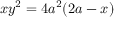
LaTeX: x y ^ { 2 } = 4 a ^ { 2 } ( 2 a - x )